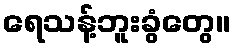
ရေသန့်ဘူးခွံတွေ။